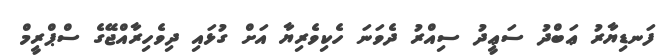
ފަނޑިޔާރު ޢަބްދު ސަޢީދު ސިއްރު ދެވަނަ ހެކިވެރިޔާ އަށް ގުޅައި ދިވެހިރާއްޖޭގެ ސްޕްރީމް